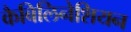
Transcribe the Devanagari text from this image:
कैबिलिनेशियन